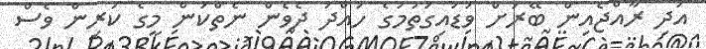
އަދި ރާއްޖެއިން ބޭރަށް ވަޑައިގަތުމުގެ ހުއްދަ ދެވެން ނެތްކަން މީގެ ކުރިން ވެސް